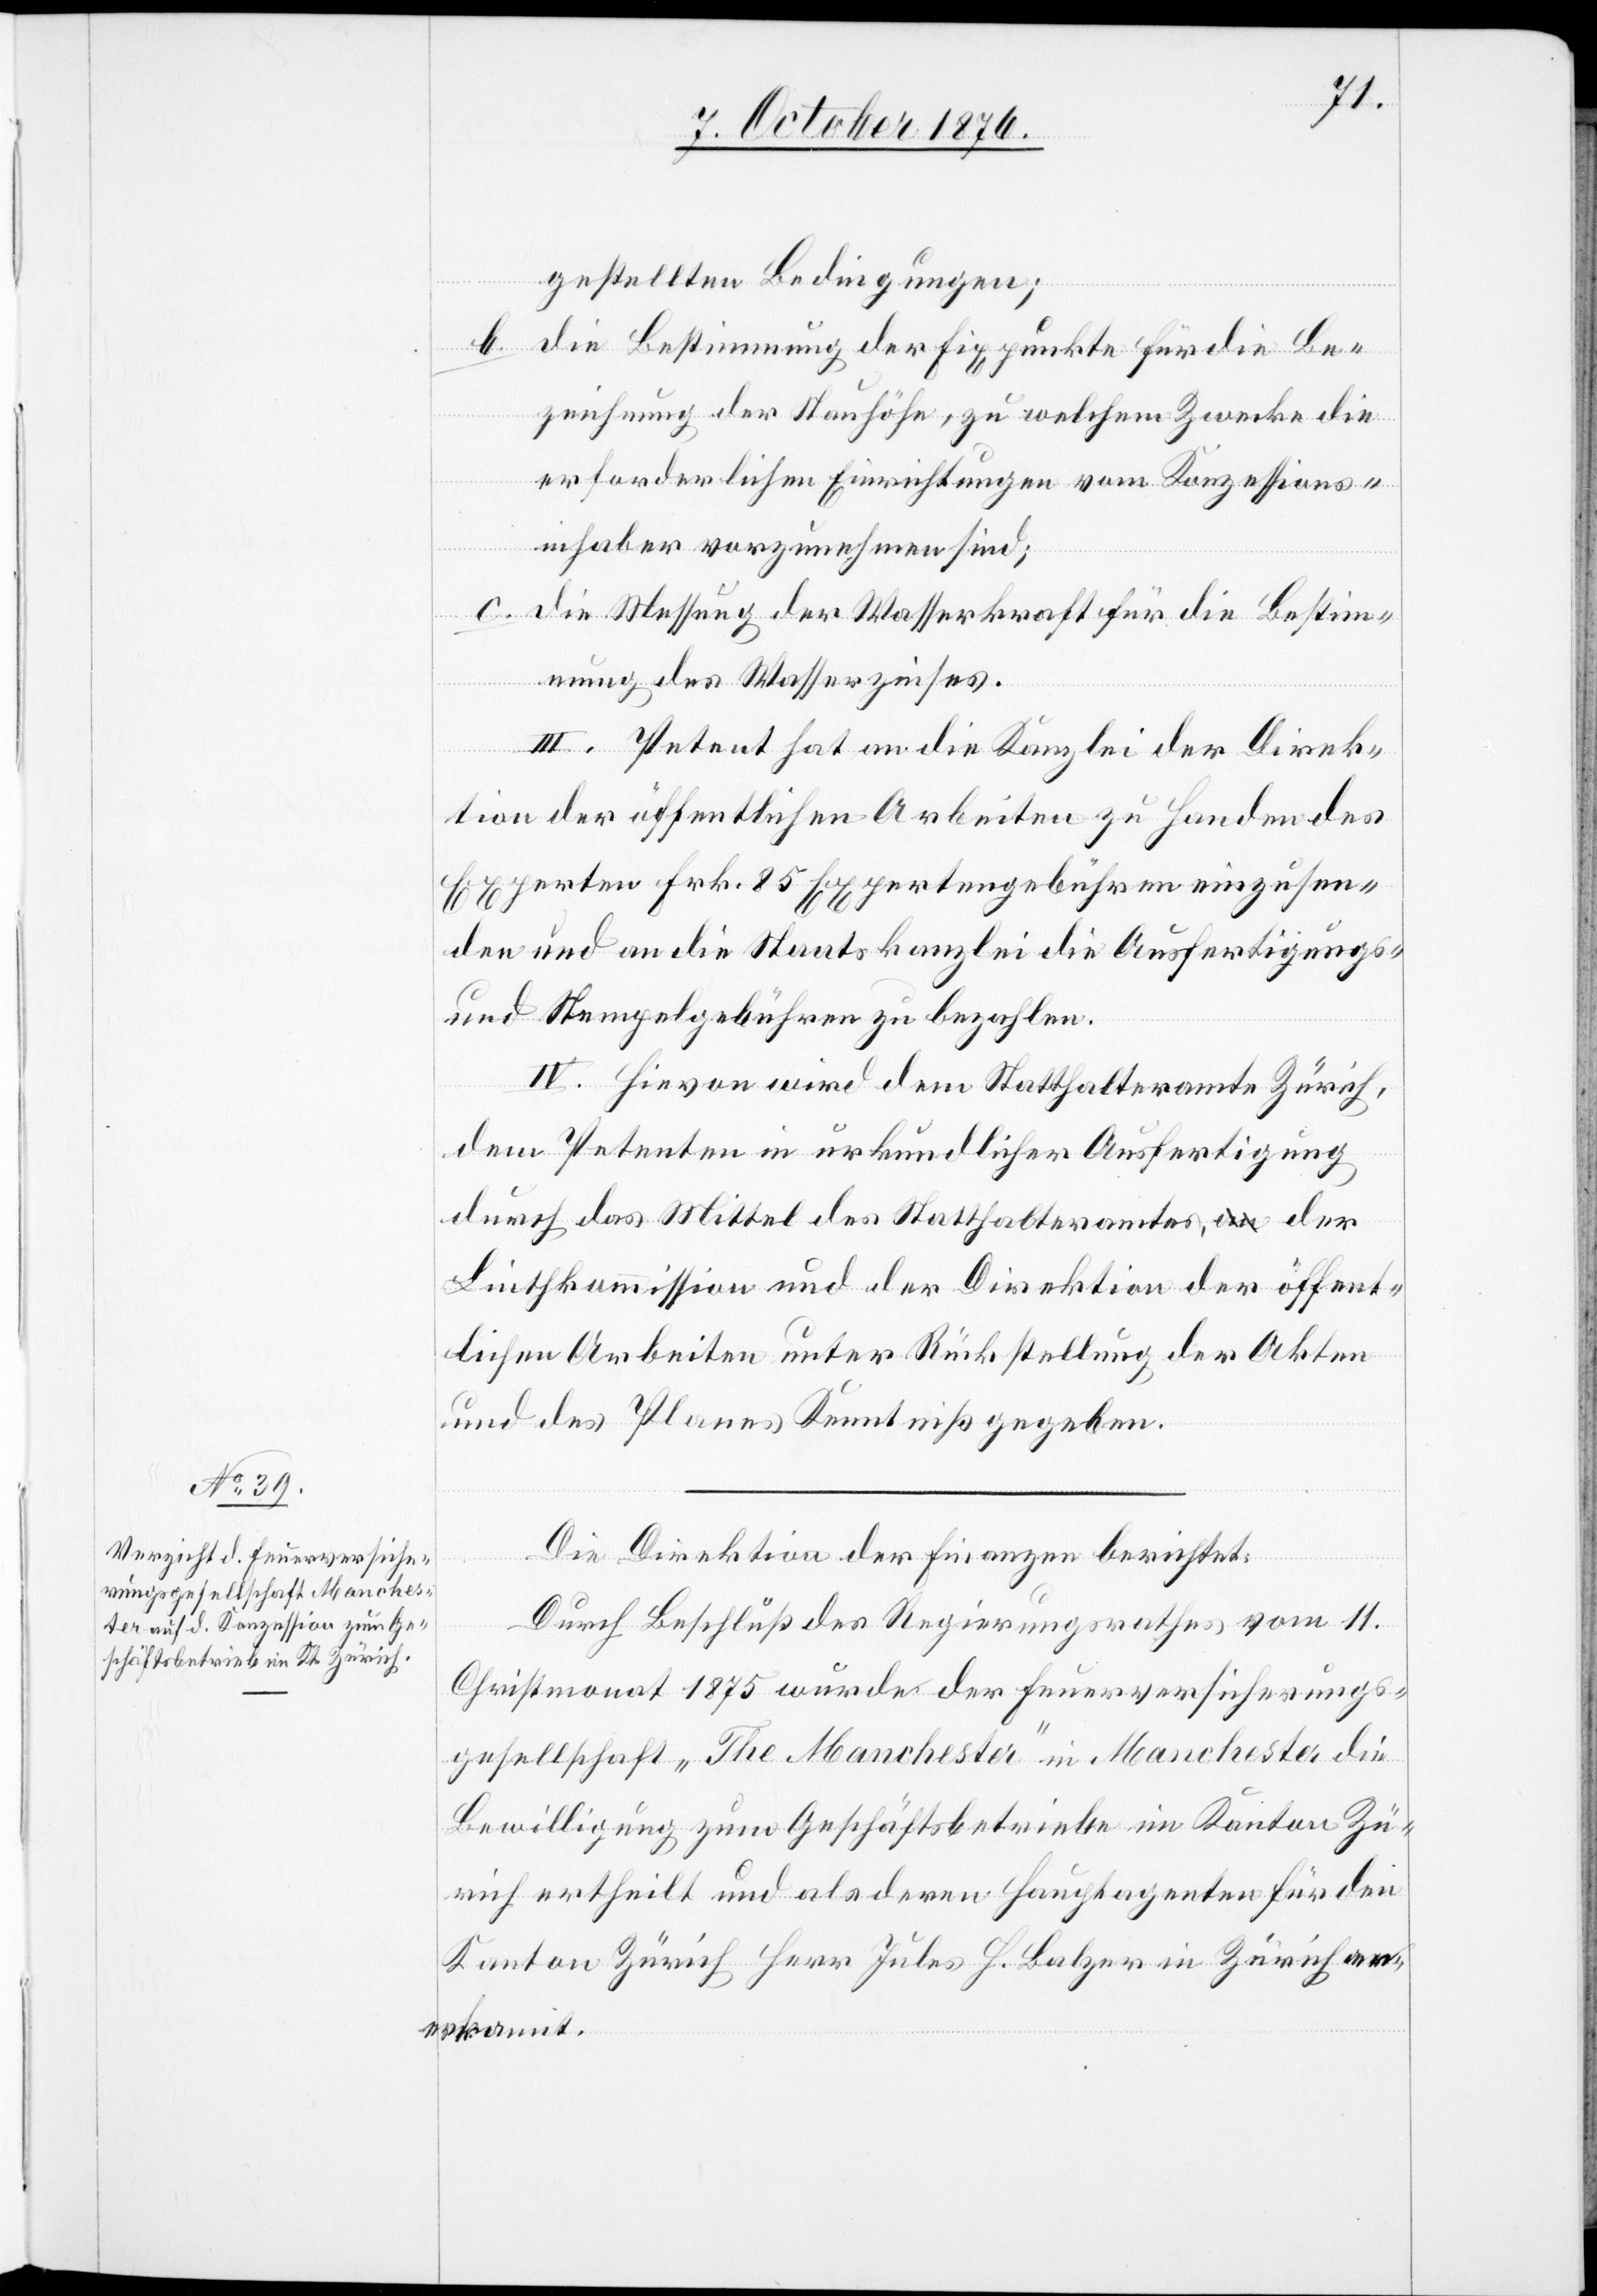
gestellten Bedingungen;
b. die Bestimmung der Fixpunkte für die Be¬
zeichnung der Stauhöhe, zu welchem Zwecke die
erforderlichen Einrichtungen vom Konzessions¬
inhaber vorzunehmen sind;
c. die Messung der Wasserkraft für die Bestim¬
mung des Wasserzinses.
III. Petent hat an die Kanzlei der Direk¬
tion der öffentlichen Arbeiten zu Handen des
Experten Frk. 85 Expertengebühren einzusen¬
den und an die Staatskanzlei die Ausfertigungs-
und Stempelgebühren zu bezahlen.
IV. Hievon wird dem Statthalteramte Zürich,
dem Petenten in urkundlicher Ausfertigung
durch das Mittel des Statthalteramtes, der
Linthkommission und der Direktion der öffent¬
lichen Arbeiten unter Rückstellung der Akten
und des Planes Kenntniß gegeben.
Die Direktion der Finanzen berichtet:
Durch Beschluß des Regierungsrathes vom 11.
Christmonat 1875 wurde der Feuerversicherungs¬
gesellschaft „The Manchester“ in Manchester die
Bewilligung zum Geschäftsbetriebe im Kanton Zü¬
rich ertheilt und als deren Hauptagenten für den
Kanton Zürich Herr Jules H. Balzer in Zürich an¬
erkannt.